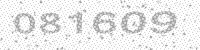
Solution: 081609